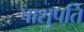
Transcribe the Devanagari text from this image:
पाशुपति